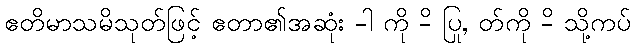
ဧတိမာသမိသုတ်ဖြင့် ဧတာ၏အဆုံး -ါ ကို -ိ ပြု, တ်ကို -ိ သို့ကပ်